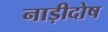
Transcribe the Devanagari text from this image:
नाड़ीदोष